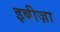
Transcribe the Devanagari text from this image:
इबीज़ा